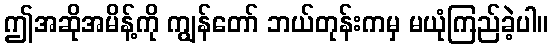
ဤအဆိုအမိန့်ကို ကျွန်တော် ဘယ်တုန်းကမှ မယုံကြည်ခဲ့ပါ။